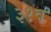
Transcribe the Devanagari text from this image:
३१व